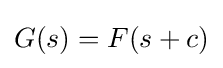
G(s)=F(s+c)